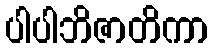
ပါပါဘိဇာတိကာ